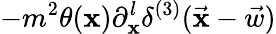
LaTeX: -m^{2}\theta(\mathbf{x})\partial_{\mathbf{x}}^{l}\delta^{(3)}(\vec{{\mathbf{x}}}-\vec{{w}})